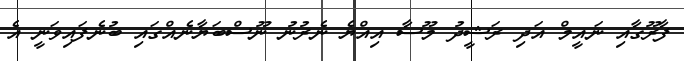
ފާރޫގާއި ނައީމް އަދި ރަޝީދު މޫސާ އިއްޔެ ނެރުނު ނޫސްބަޔާނެއްގައި ބުނެފައިވަނީ އެ